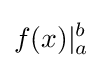
f(x)\vert _{a}^{b}